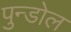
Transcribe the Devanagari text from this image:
पुन्डोल